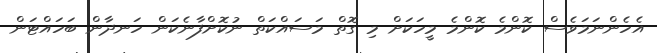
އެހެންނަމަވެސް ކޮންމެ ކޮންމެ މީހަކަށް މި ގޮތް މަސައްކަތް ނުކޮށްފާނެކަން ހަނދާން ބަހައްޓަން